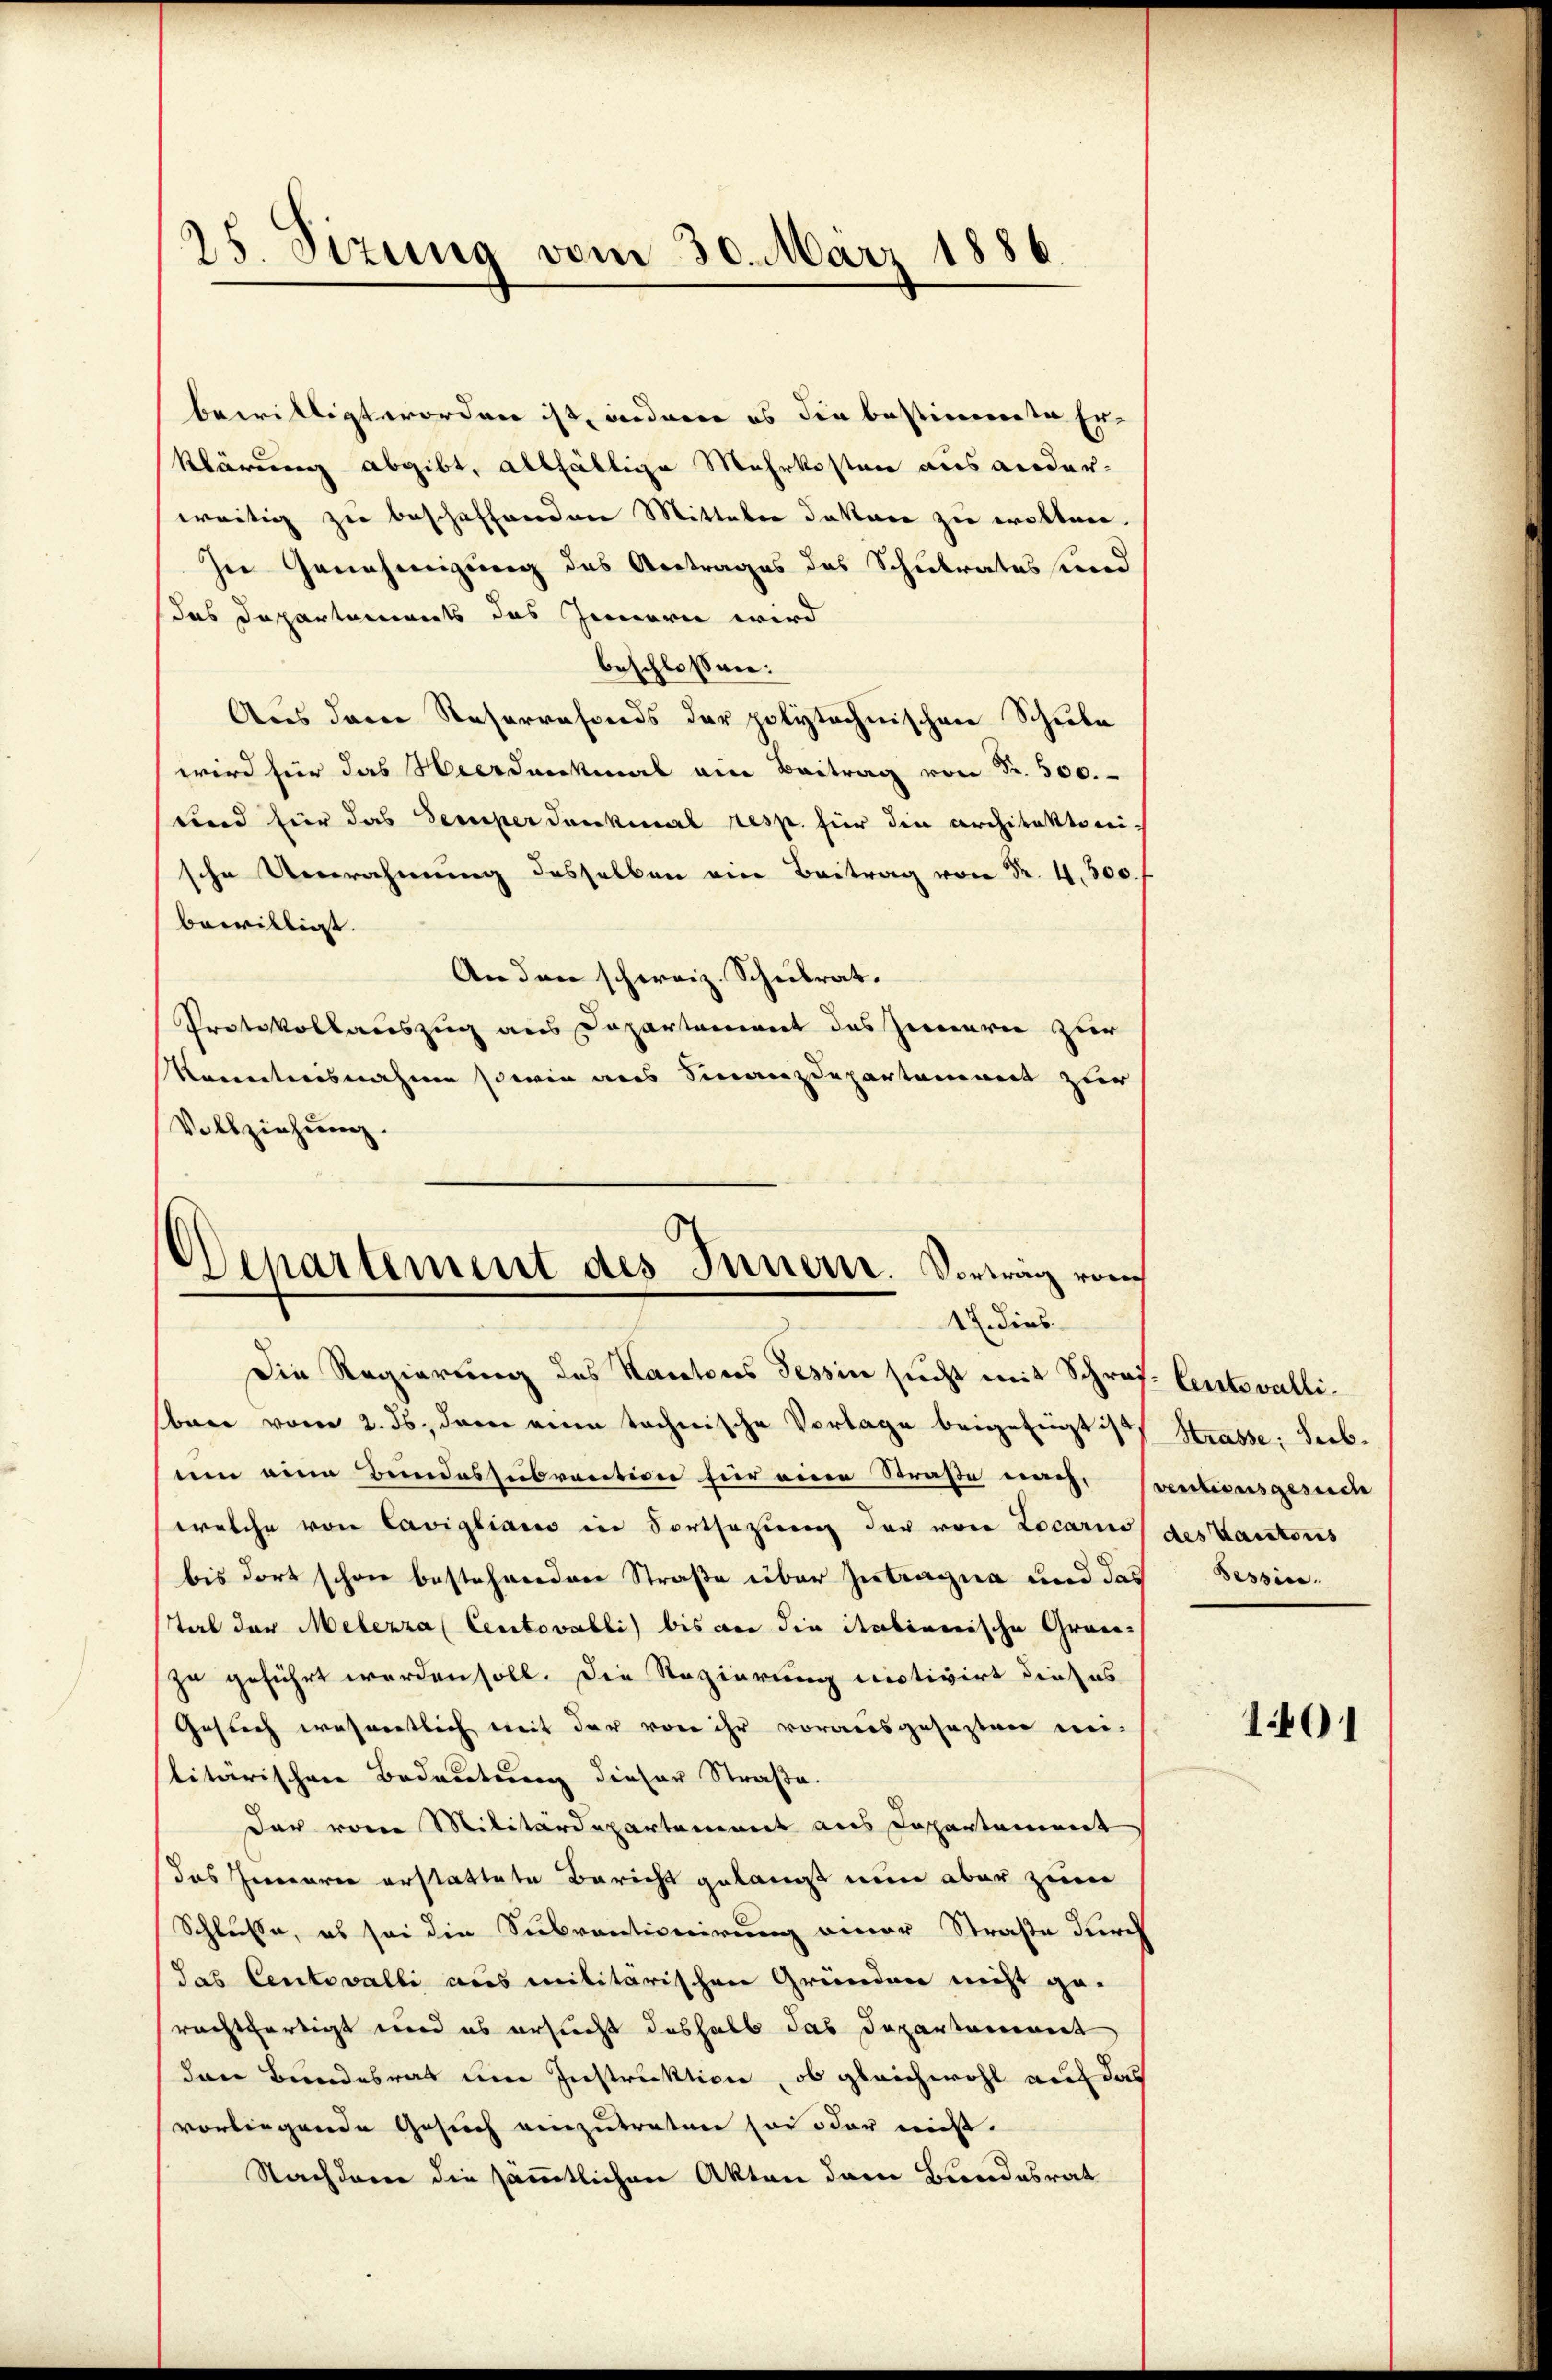
25. Sizung vom 30. März 1886.

bewilligt worden ist, inderer es die bestimmte Er-
klärung abgibt, allfällige Mehrkosten aus anderwärtig zu beschaffendenen Mitteber datare zu wollen.
In Genehmigung des Antrages das Schulrates und
das Departements des Innern wird
beschlossen:
Aus dem Reserrafonds der polytechnischen Schule
wird für das Heerdankmal ein Beitrag von Fr. 500.
und für das Semper Dankmal resp. für die architektorei-
sche Umrahmung desselben ein Beitrag von Nr. 4300. f
bewilligt.
An den schweiz. Schulrat.
Protokollauszug aus Departement das Zweieren zur
Kenntnisnahmen sowie aus Finanzdepartament zur
Vollziehung.
Departement des Innern. Vorweg von

17. dies

Die Regierung des Kantons Tessin sucht mit Schrof. Centovallibner vom 2. ds. dann eine technische Vorlage beigefügt ist Strasse: Seibum eine Bundessubvarativen für einen Straße nach, ventionsgesuch
welche von Cavigliares in Fortsezung der von Locarius des Kantoris
bis dort schon bestehenden Straße über Zutragna und das Tessintal der Melerra (Ceutovabli) bis vor die italienische Grauzu geführt werden soll. Die Regierung motivirt dieses
Gesuch wesentlich weit der von ihr vorausgesezten mei-
slitärischen Bedeutung dieser Straße.
dar von Militärdepartement aus Departement
das Herren erstattete Bericht gelangt nun aber zum
Schlusse, es sei die Subventionirung einer Straße durch
das Centovalli aus militärischen Gründen nicht ge-
rechtfertigt und es ersucht deshalb das Departemoment
den Bundesrat um Instruktion, ob gleichwohl auf das
vorliegende Gesuch einzutreten so oder nicht.
Nachdem die sämmtlichen Akten dem Bundesrat

1401